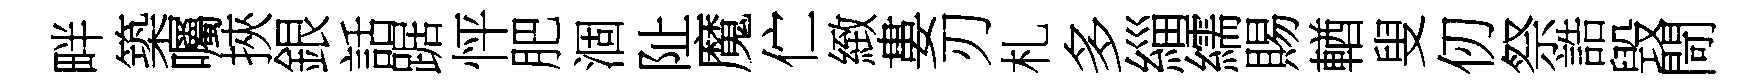
畔築囑挾銀話踞怦肥涸阯魔伫緻婁刃札多緇繻賜輶叟仞祭誥毁閜